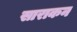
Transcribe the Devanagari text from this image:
साराकन